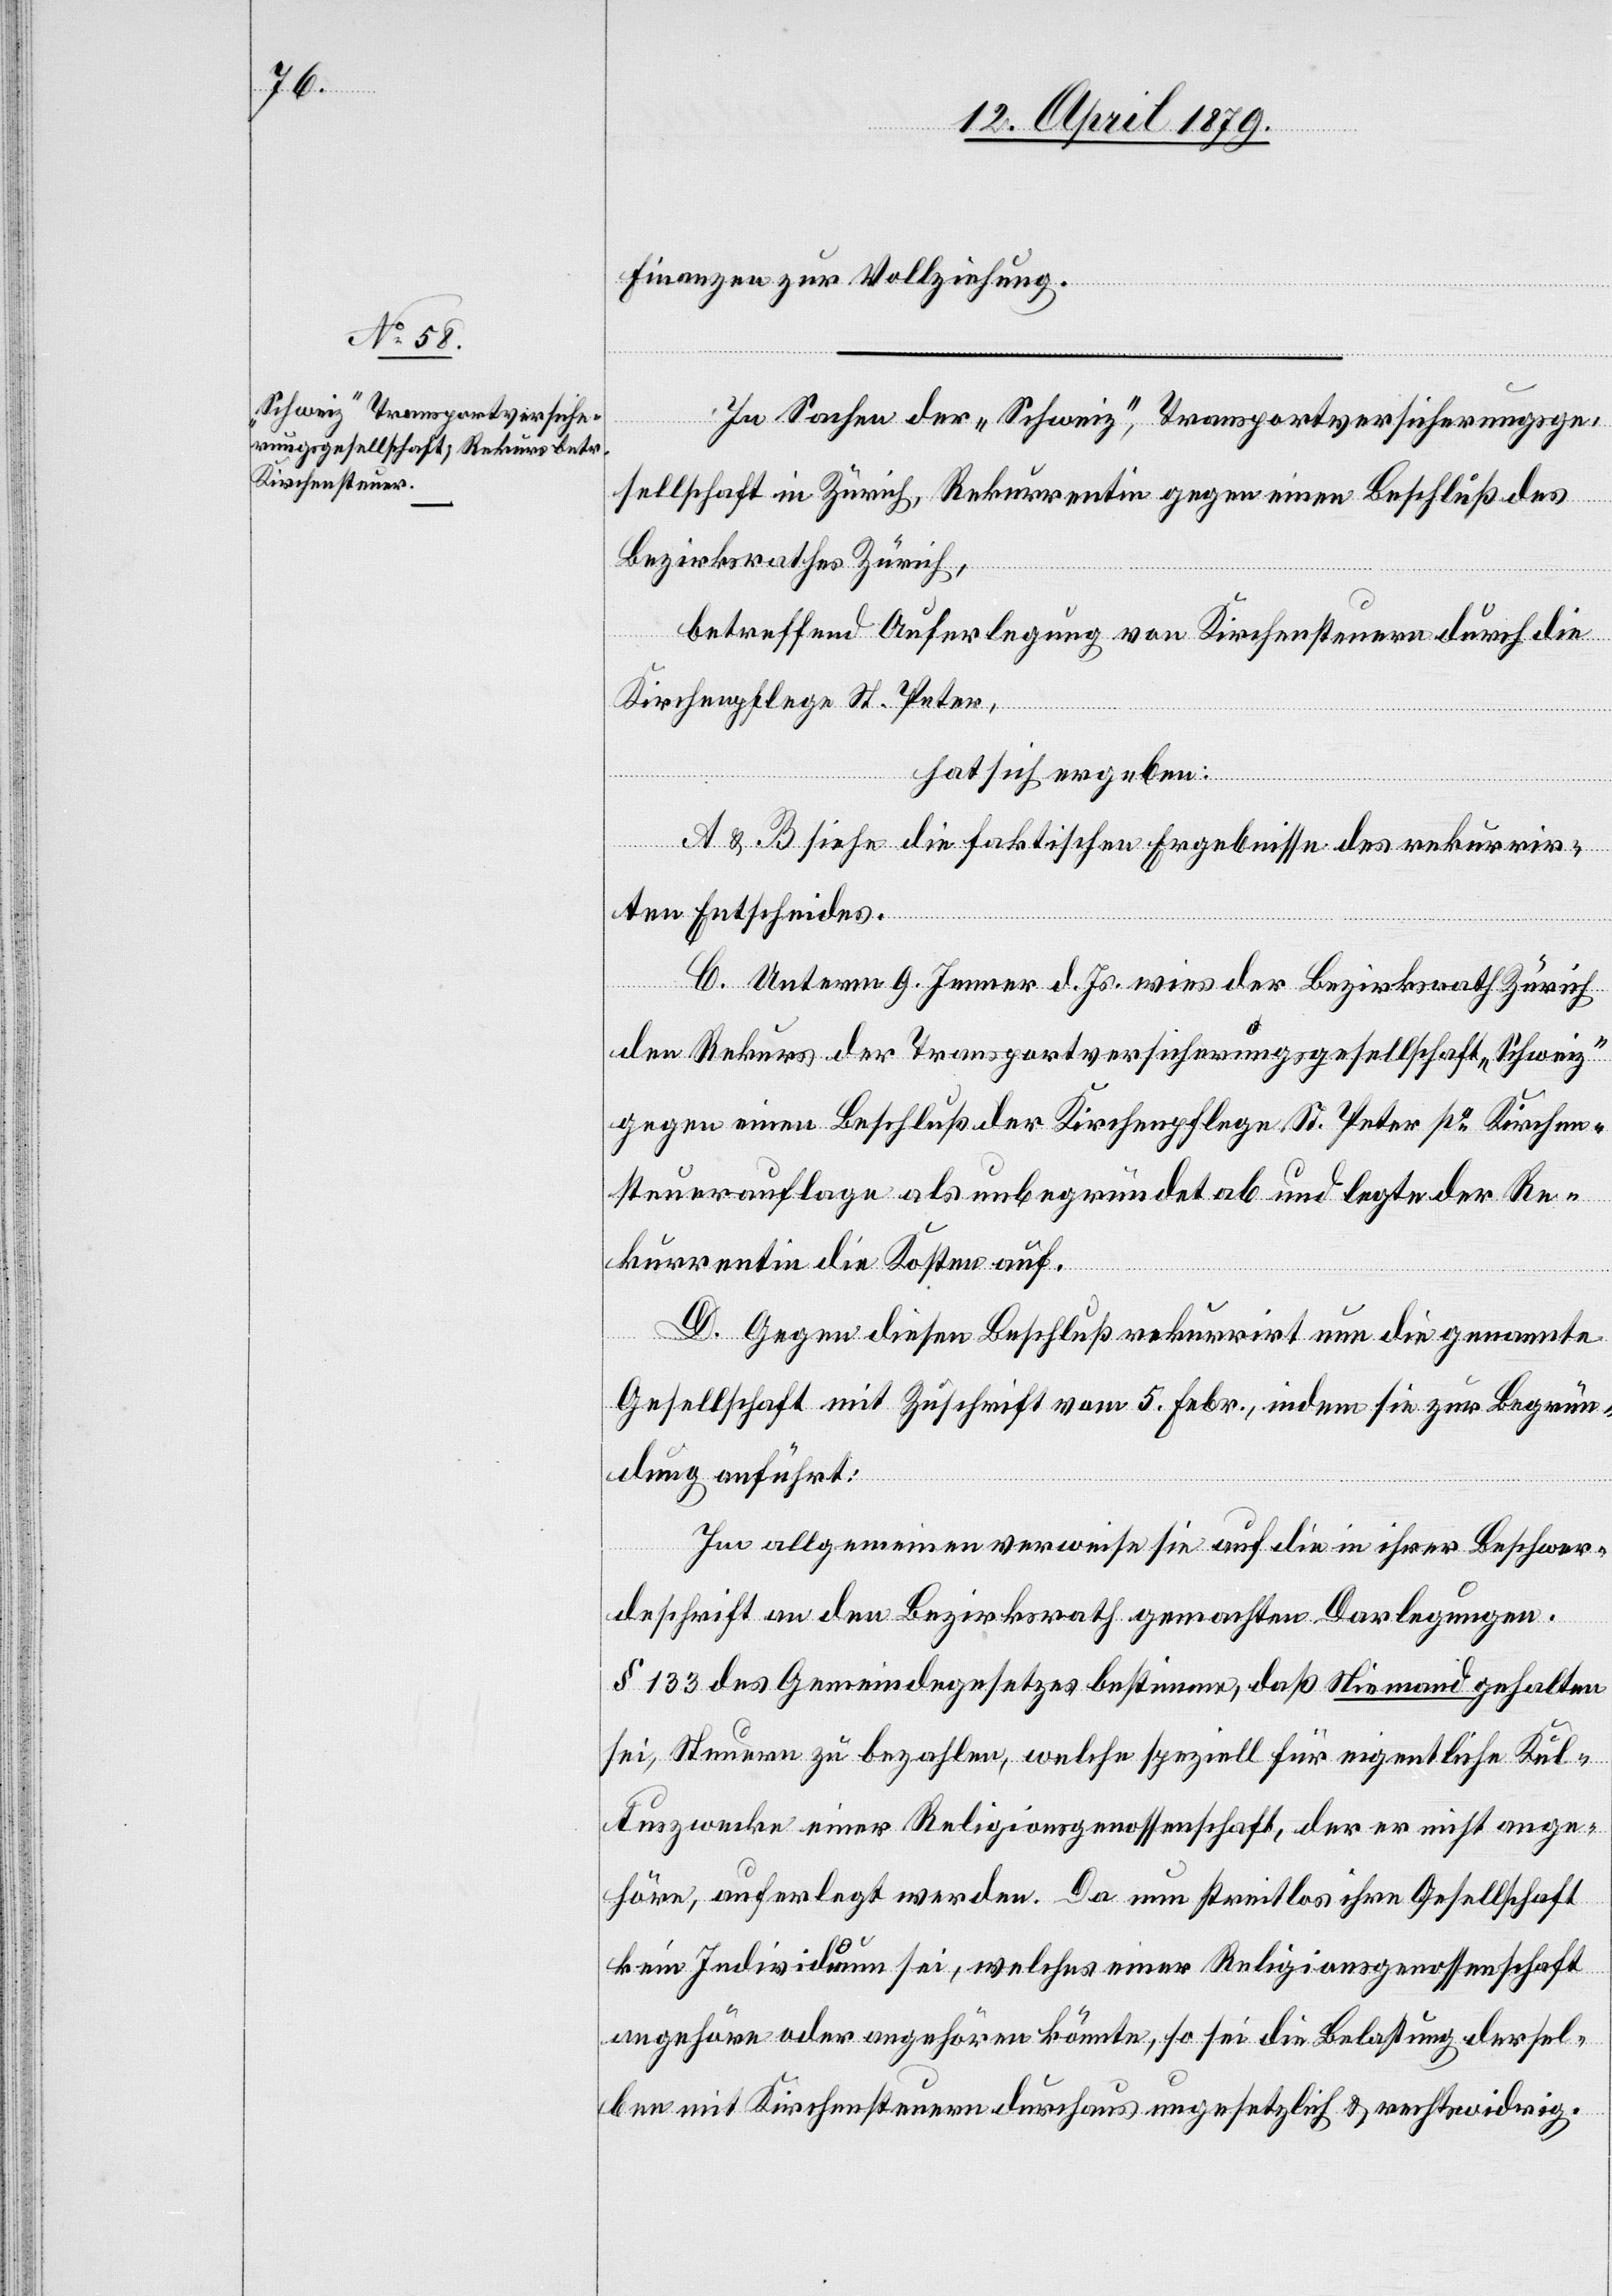
Finanzen zur Vollziehung.
In Sachen der „Schweiz“, Transportversicherungsge¬
sellschaft in Zürich, Rekurrentin gegen einen Beschluß des
Bezirksrathes Zürich,
betreffend Auferlegung von Kirchensteuern durch die
Kirchenpflege St. Peter,
hat sich ergeben:
A & B siehe die faktischen Ergebnisse des rekurrir¬
ung
ten Entscheides.
C. Unterm 9. Jenner d. Js. wies der Bezirksrath Zürich
den Rekurs der Transportversicherungsgesellschaft „Schweiz“
gegen einen Beschluß der Kirchenpflege St. Peter po Kirchen¬
steuerauflage als unbegründet ab und legte der Re¬
hören
kurrentin die Kosten auf.
D. Gegen diesen Beschluß rekurrirt nun die genannte
Gesellschaft mit Zuschrift vom 5. Febr., indem sie zur Begrün¬
sel¬
dung anführt:
Im allgemeinen verweise sie auf die in ihrer Beschwer¬
deschrift an den Bezirksrath gemachten Darlegungen.
§ 133 des Gemeindegesetzes bestimme, daß Niemand gehalten
sei, Steuern zu bezahlen, welche speziell für eigentliche Kul¬
tuszwecke einer Religionsgenossenschaft, der er nicht ange¬
höre, auferlegt werden. Da nun streitlos ihre Gesellschaft
kein Individuum sei, welches einer Religionsgenossenschaft
ben mit Kirchensteuern durchaus ungesetzlich & rechtswidrig.